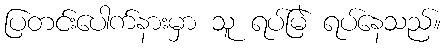
ပြတင်းပေါက်နားမှာ သူ ရပ်မြဲ ရပ်နေသည်။